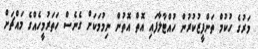
މަރުގެ ހުކުމް ތަންފީޒުކުރުން ހުއްޓާލާފައި އޮތް އޮތުން ނިމުމަކަށް ގެނެސް ހަތަރުމީހެއްގެ މައްޗަށް